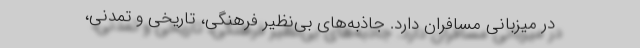
در میزبانی مسافران دارد. جاذبه‌های بی‌نظیر فرهنگی، تاریخی و تمدنی،